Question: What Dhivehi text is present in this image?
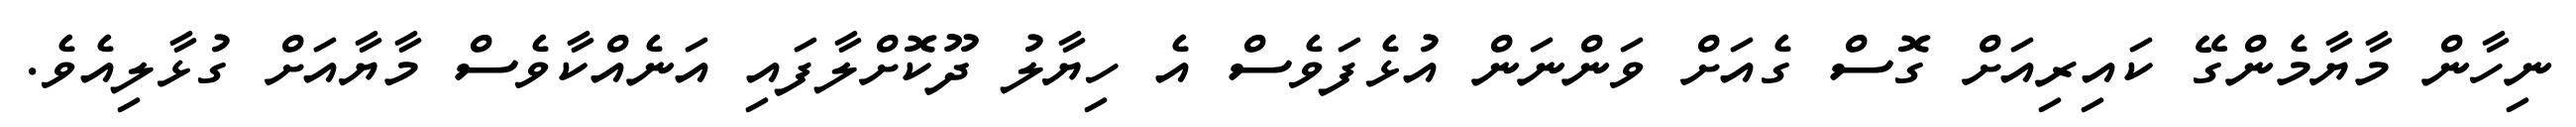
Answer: ނިހާން މާޔާމެންގޭ ކައިރިއަށް ގޮސް ގެއަށް ވަންނަން އުޅެފަވެސް އެ ހިޔާލު ދޫކޮށްލާފައި އަނެއްކާވެސް މާޔާއަށް ގުޅާލިއެވެ.